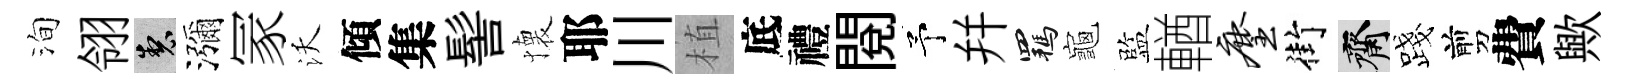
洵翎製瀰冡沃傾集髻懐耶川植底禮閱予幷羈龜監輶麈街齋露剪費歟